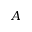
A